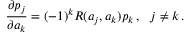
{ \frac { \partial p _ { j } } { \partial a _ { k } } } = ( - 1 ) ^ { k } R ( a _ { j } , a _ { k } ) p _ { k } \, , \ \ j \neq k \, .